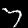
Label: 7